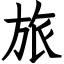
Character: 旅